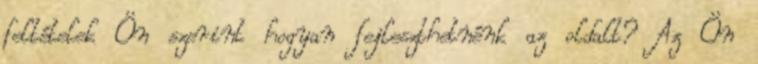
feltételek Ön szerint hogyan fejleszthetnénk az oldalt? Az Ön